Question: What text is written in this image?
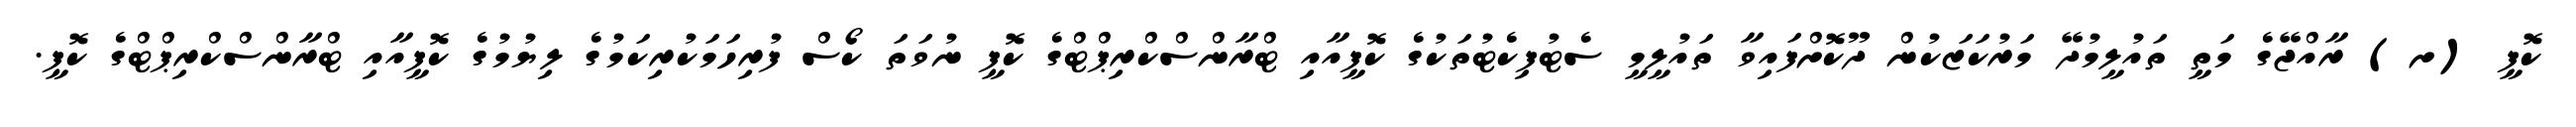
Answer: ކޮޕީ (ށ) ރާއްޖޭގެ މަތީ ތައުލީމުދޭ މަރުކަޒަކުން ދޫކޮށްފައިވާ ތައުލީމީ ސެޓުފިކެޓުތަކުގެ ކޮޕީއާއި ޓްރާންސްކްރިޕްޓްގެ ކޮޕީ ނުވަތަ ކޯސް ފުރިހަމަކުރިކަމުގެ ލިޔުމުގެ ކޮޕީއާއި ޓްރާންސްކްރިޕްޓްގެ ކޮޕީ.